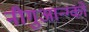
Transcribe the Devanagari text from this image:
नीगुआन्ग्को